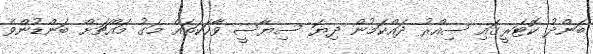
ބަންދު ކޮޓަރީގައި ސިއްރު ދައްކަމުން ދިޔަ ސިޔާސީ ވާހަކަތައް މަގު މައްޗަށް ބަންޑުންވެ